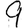
Digit: 9